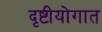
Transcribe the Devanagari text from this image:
दृष्टीयोगात